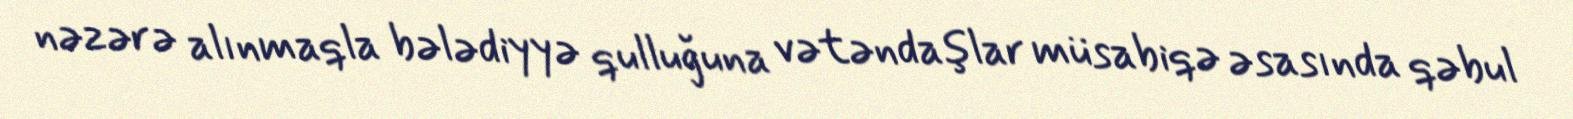
nəzərə alınmaqla bələdiyyə qulluğuna vətəndaşlar müsabiqə əsasında qəbul